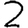
Digit: 2